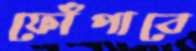
ফোঁপাবে